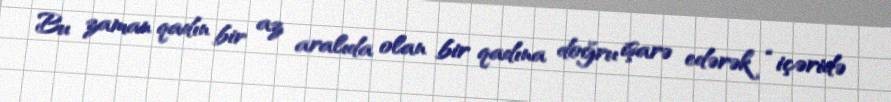
Bu zaman qadın bir az aralıda olan bir qadına doğru işarə edərək “içəridə